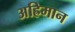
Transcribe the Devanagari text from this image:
अह्रिमान